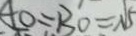
A O = B O = \sqrt { 5 }